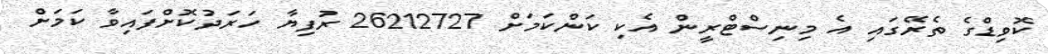
ކޮވިޑްގެ ތެރޭގައި އެ މިނިސްޓްރީން އެކި ކަންކަމަށް 26212727 ރުފިޔާ ހަރަދުކޮށްފައިވާ ކަމަށް